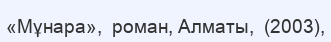
«Мұнара»,  роман, Алматы,  (2003),